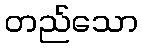
တည်သော